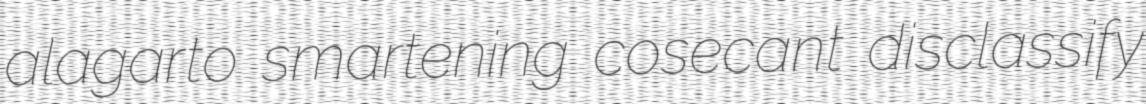
alagarto smartening cosecant disclassify